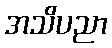
အသိပညာ